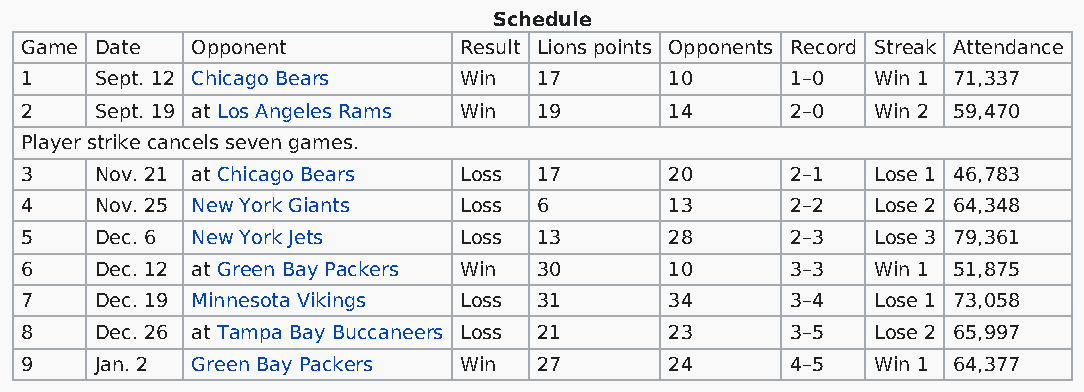
Schedule
 Game Date   Opponent         Result Lions points Opponents Record Streak Attendance
 1    Sept. 12 Chicago Bears  Win   17      10      1–0   Win 1 71,337
 2    Sept. 19 at Los Angeles Rams Win 19   14      2–0   Win 2 59,470
 Player strike cancels seven games.
 3    Nov. 21 at Chicago Bears Loss 17      20      2–1   Lose 1 46,783
 4    Nov. 25 New York Giants Loss  6       13      2–2   Lose 2 64,348
 5    Dec. 6 New York Jets    Loss  13      28      2–3   Lose 3 79,361
 6    Dec. 12 at Green Bay Packers Win 30   10      3–3   Win 1 51,875
 7    Dec. 19 Minnesota Vikings Loss 31     34      3–4   Lose 1 73,058
 8    Dec. 26 at Tampa Bay Buccaneers Loss 21 23    3–5   Lose 2 65,997
 9    Jan. 2 Green Bay Packers Win  27      24      4–5   Win 1 64,377